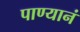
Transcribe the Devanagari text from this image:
पाण्यानं